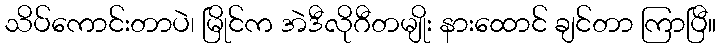
သိပ်ကောင်းတာပဲ၊ မြိုင်က အဲဒီလိုဂီတမျိုး နားထောင် ချင်တာ ကြာပြီ။